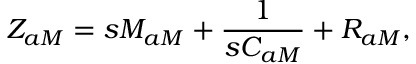
Z _ { a M } = s M _ { a M } + \frac { 1 } { s C _ { a M } } + R _ { a M } ,